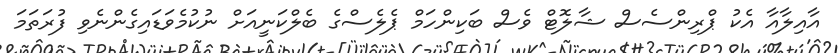
އާއިލާއާ އެކު ޕްރިންސެސް ޝާލޮޓް ވެސް ބަކިންހަމް ޕެލެސްގެ ބެލްކަނީއަށް ނުކުމެވަޑައިގެންނެވި ފުރަތަމަ